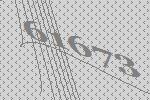
61673